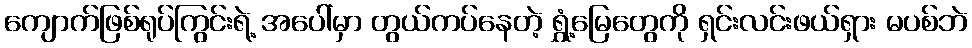
ကျောက်ဖြစ်ရုပ်ကြွင်းရဲ့ အပေါ်မှာ တွယ်ကပ်နေတဲ့ ရွှံ့မြေတွေကို ရှင်းလင်းဖယ်ရှား မပစ်ဘဲ